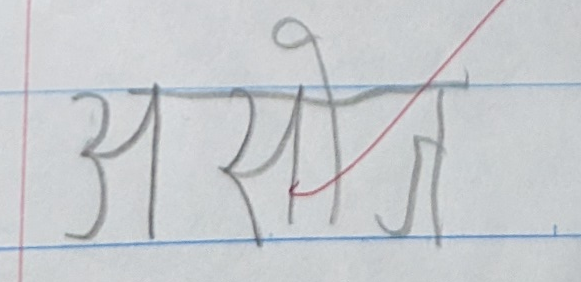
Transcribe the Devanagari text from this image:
असोज